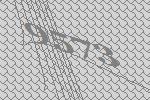
9573